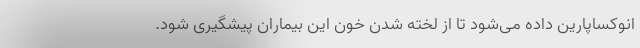
انوکساپارین داده می‌شود تا از لخته شدن خون این بیماران پیشگیری شود.